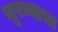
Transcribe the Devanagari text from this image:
चूरम्याचा